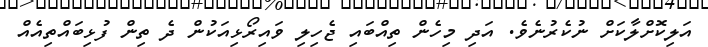
އަލިކޮށްލާކަށް ނުކެރުނެވެ. އަދި މިހެން ތިއްބައި ޖެހިލި ވައިރޯޅިއަކުން ދެ ތިން ފުޅިބައްތިއެއް